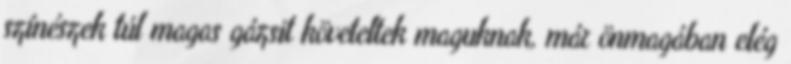
színészek túl magas gázsit követeltek maguknak, már önmagában elég